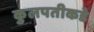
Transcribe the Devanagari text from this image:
कुलपतीकडे